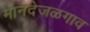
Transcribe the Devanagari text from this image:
मानदेजळगाव